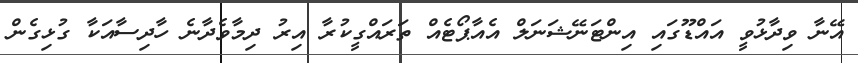
އޭނާ ވިދާޅުވީ އައްޑޫގައި އިންޓަނޭޝަނަލް އެއާޕޯޓެއް ތަރައްގީކުރާ އިރު ދިމާވެދާނެ ހާދިސާއަކާ ގުޅިގެން